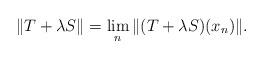
LaTeX: \begin{align*}\| T + \lambda S\| = \lim_n \| (T + \lambda S)(x_n)\|.\end{align*}